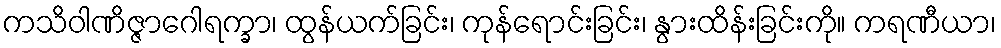
ကသိဝါဏိဇ္ဇာဂေါရက္ခာ၊ ထွန်ယက်ခြင်း၊ ကုန်ရောင်းခြင်း၊ နွားထိန်းခြင်းကို။ ကရဏီယာ၊